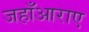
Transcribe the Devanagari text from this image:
जहाँआराए